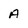
Character: A